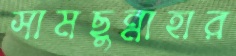
সামছুন্নাহার